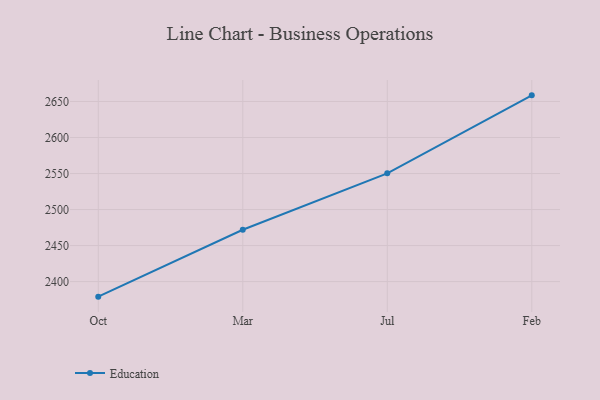
{"axis": {"x": "Month", "y": "Revenue (USD Million)"}, "legend": ["Education"], "data": [{"x": "Oct", "y": 2379.1, "type": "Education"}, {"x": "Mar", "y": 2472.0, "type": "Education"}, {"x": "Jul", "y": 2550.3, "type": "Education"}, {"x": "Feb", "y": 2658.5, "type": "Education"}]}